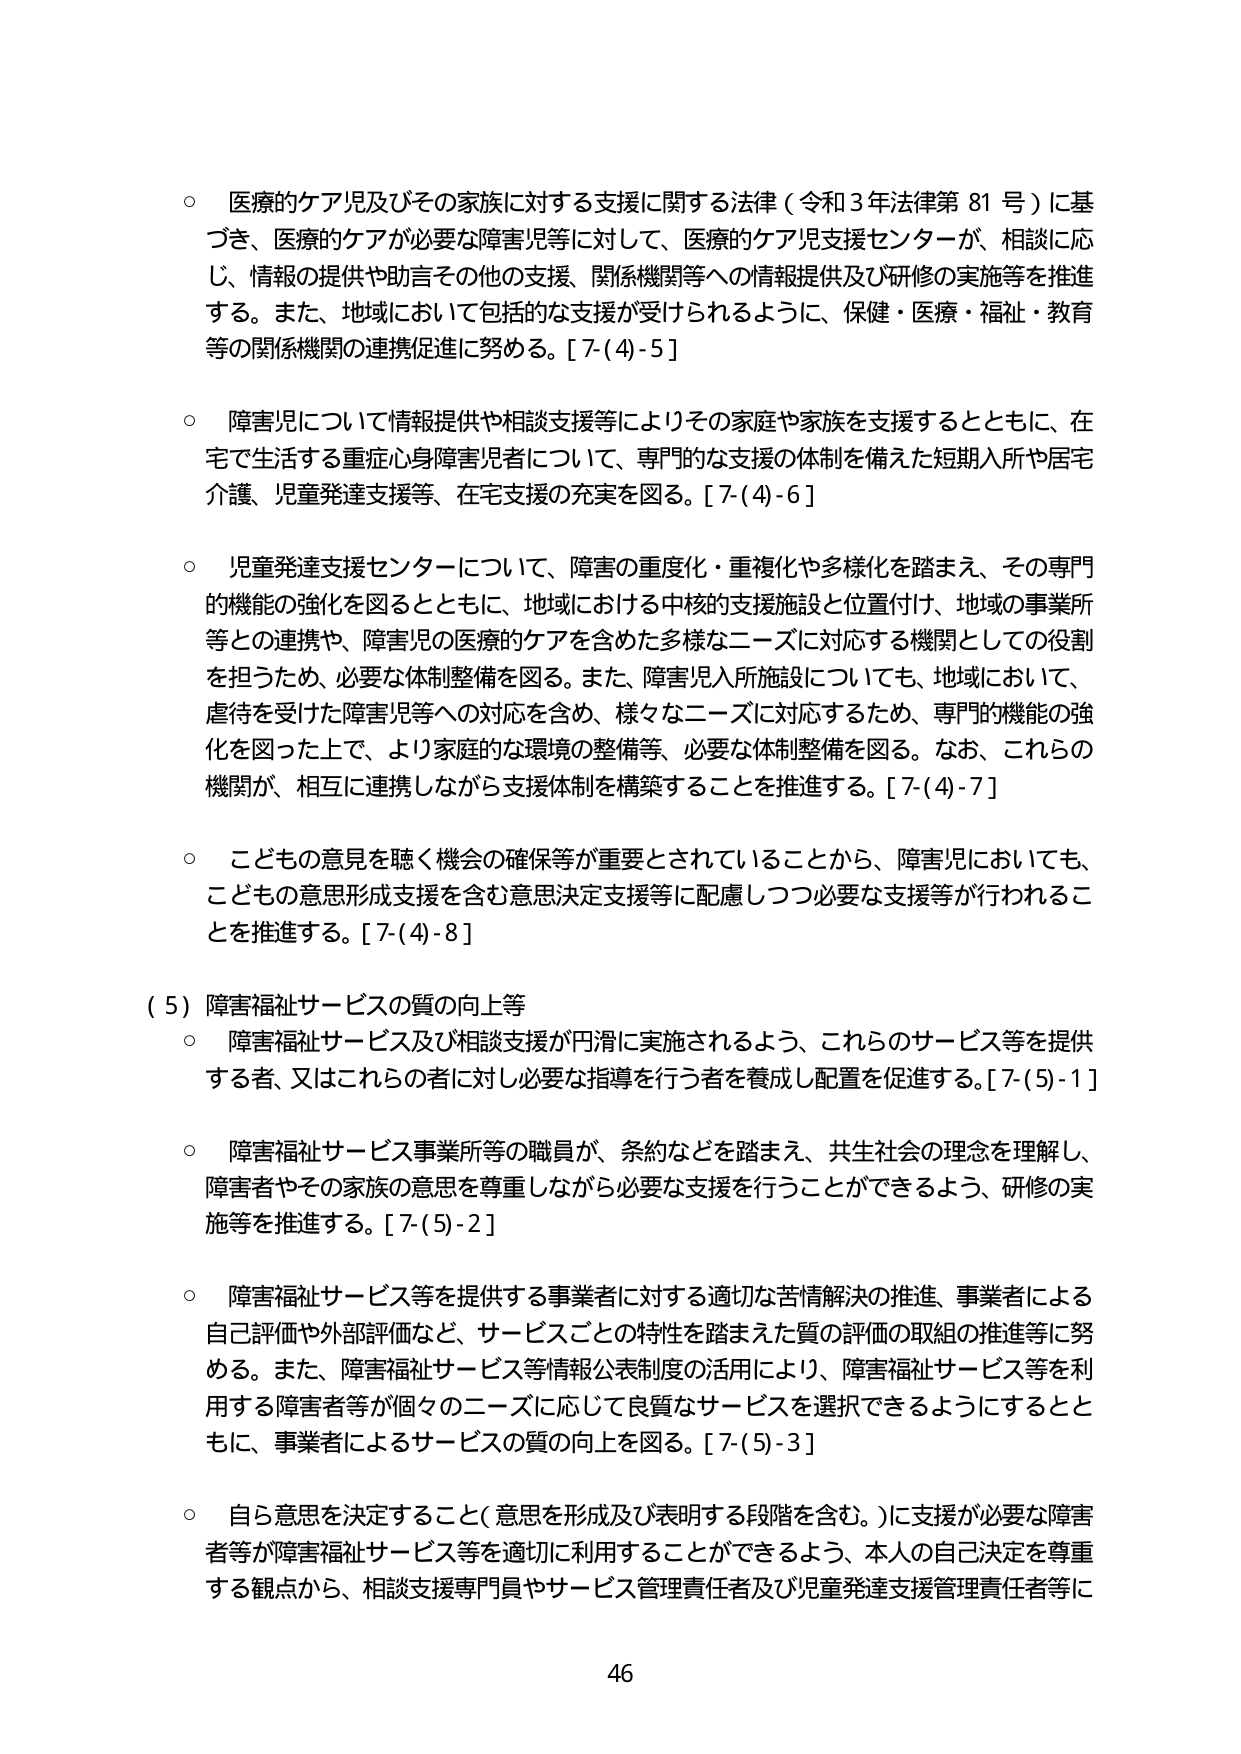
○ 医療的ケア児及びその家族に対する支援に関する法律（令和３年法律第81号）に基づき、医療的ケアが必要な障害児等に対して、医療的ケア児支援センターが、相談に応じ、情報の提供や助言その他の支援、関係機関等への情報提供及び研修の実施等を推進する。また、地域において包括的な支援が受けられるように、保健・医療・福祉・教育等の関係機関の連携促進に努める。[7-(4)-5]

○ 障害児について情報提供や相談支援等によりその家庭や家族を支援するとともに、在宅で生活する重症心身障害児者について、専門的な支援の体制を備えた短期入所や居宅介護、児童発達支援等、在宅支援の充実を図る。[7-(4)-6]

○ 児童発達支援センターについて、障害の重度化・重複化や多様化を踏まえ、その専門的機能の強化を図るとともに、地域における中核的支援施設と位置付け、地域の事業所等との連携や、障害児の医療的ケアを含めた多様なニーズに対応する機関としての役割を担うため、必要な体制整備を図る。また、障害児入所施設についても、地域において、虐待を受けた障害児等への対応を含め、様々なニーズに対応するため、専門的機能の強化を図った上で、より家庭的な環境の整備等、必要な体制整備を図る。なお、これらの機関が、相互に連携しながら支援体制を構築することを推進する。[7-(4)-7]

○ こどもの意見を聴く機会の確保等が重要とされていることから、障害児においても、こどもの意思形成支援を含む意思決定支援等に配慮しつつ必要な支援等が行われることを推進する。[7-(4)-8]

（5）障害福祉サービスの質の向上等

○ 障害福祉サービス及び相談支援が円滑に実施されるよう、これらのサービス等を提供する者、又はこれらの者に対し必要な指導を行う者を養成し配置を促進する。[7-(5)-1]

○ 障害福祉サービス事業所等の職員が、条約などを踏まえ、共生社会の理念を理解し、障害者やその家族の意思を尊重しながら必要な支援を行うことができるよう、研修の実施等を推進する。[7-(5)-2]

○ 障害福祉サービス等を提供する事業者に対する適切な苦情解決の推進、事業者による自己評価や外部評価など、サービスごとの特性を踏まえた質の評価の取組の推進等に努める。また、障害福祉サービス等情報公表制度の活用により、障害福祉サービス等を利用する障害者等が個々のニーズに応じて良質なサービスを選択できるようにするとともに、事業者によるサービスの質の向上を図る。[7-(5)-3]

○ 自ら意思を決定すること（意思を形成及び表明する段階を含む。）に支援が必要な障害者等が障害福祉サービス等を適切に利用することができるよう、本人の自己決定を尊重する観点から、相談支援専門員やサービス管理責任者及び児童発達支援管理責任者等に

46